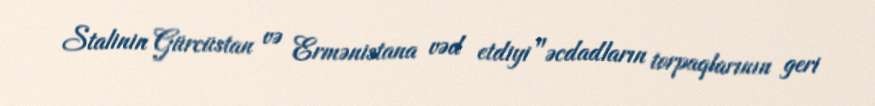
Stalinin Gürcüstan və Ermənistana vəd etdiyi "əcdadların torpaqlarının geri